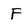
Character: F